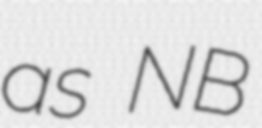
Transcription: as NB